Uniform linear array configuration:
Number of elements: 16
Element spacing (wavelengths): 0.75
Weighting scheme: hann
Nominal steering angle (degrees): -30
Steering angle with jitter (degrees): -31.316
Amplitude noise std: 0.05
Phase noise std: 0.05

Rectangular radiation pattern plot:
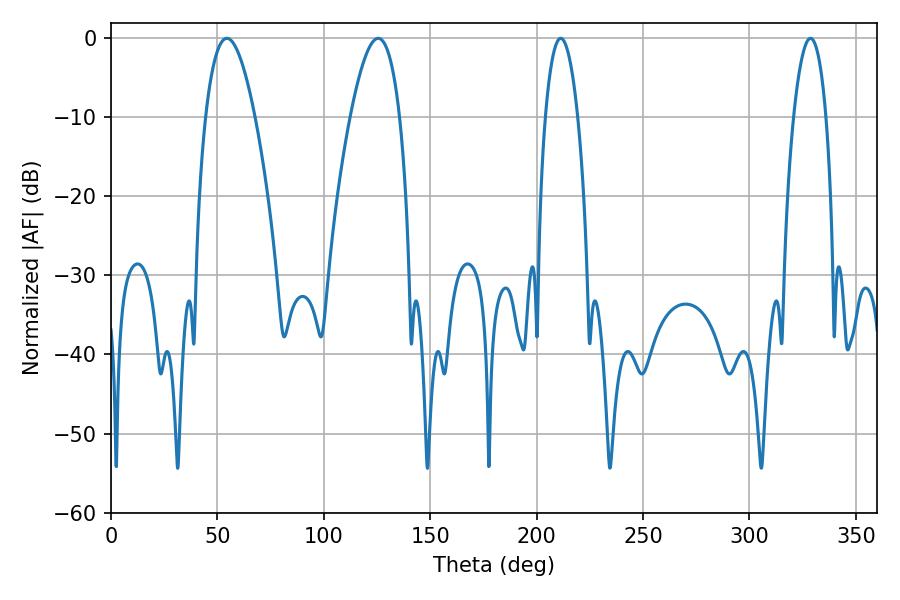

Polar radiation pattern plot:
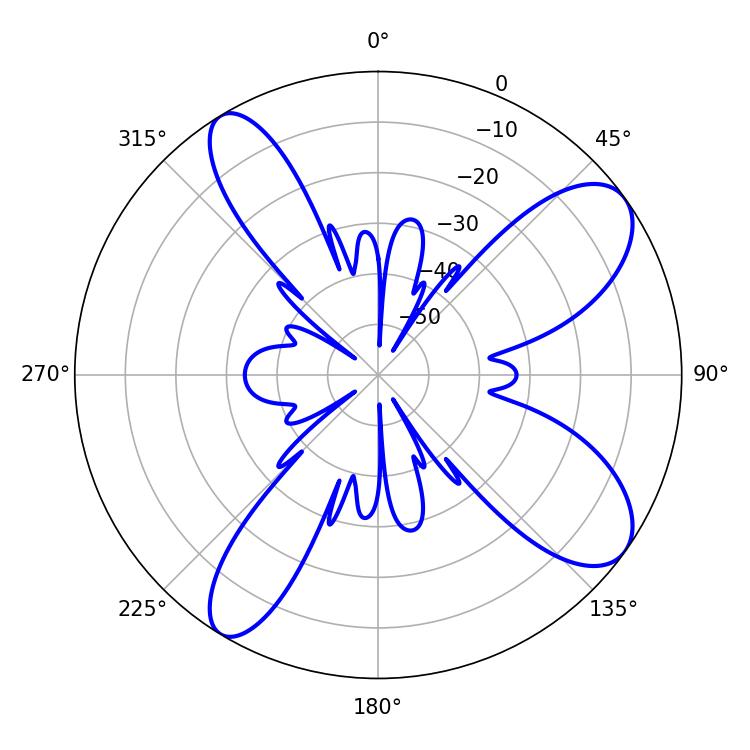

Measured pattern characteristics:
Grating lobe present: TRUE
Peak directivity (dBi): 9.475
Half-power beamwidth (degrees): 8.46
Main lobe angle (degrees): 328.68